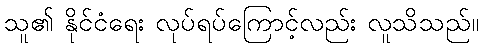
သူ၏ နိုင်ငံရေး လုပ်ရပ်ကြောင့်လည်း လူသိသည်။